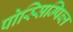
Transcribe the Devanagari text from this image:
पोस्सिम्पिब्ल